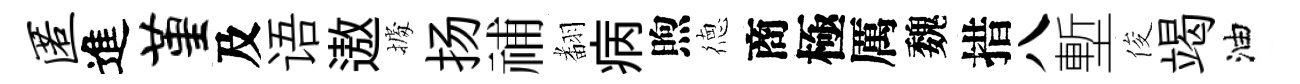
匿進堇及语遨𢴃扬𥙷𮋒病煦徳商極厲魏措八塹俊竭油